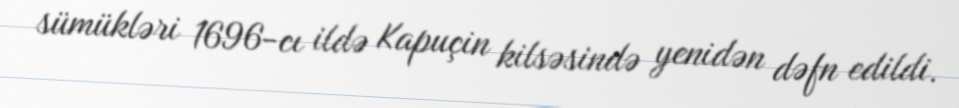
sümükləri 1696-cı ildə Kapuçin kilsəsində yenidən dəfn edildi.